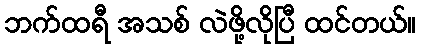
ဘက်ထရီ အသစ် လဲဖို့လိုပြီ ထင်တယ်။